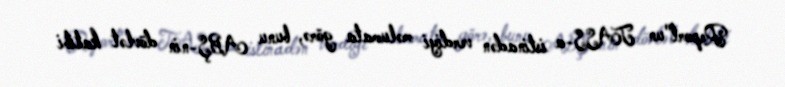
Report"un TASS-a istinadən verdiyi məlumata görə, bunu ABŞ-nin dövlət katibi